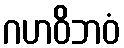
ဂဟဝိဘဝံ